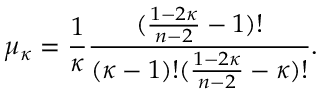
\mu _ { \kappa } = \frac { 1 } { \kappa } \frac { ( \frac { 1 - 2 \kappa } { n - 2 } - 1 ) ! } { ( \kappa - 1 ) ! ( \frac { 1 - 2 \kappa } { n - 2 } - \kappa ) ! } .